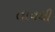
તાવથી